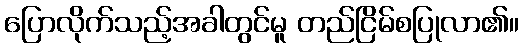
ပြောလိုက်သည့်အခါတွင်မူ တည်ငြိမ်စပြုလာ၏။